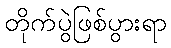
တိုက်ပွဲဖြစ်ပွားရာ